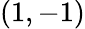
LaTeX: (1,-1)